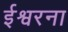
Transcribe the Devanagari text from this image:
ईश्वरना